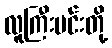
လူကြီးမင်းတို့